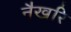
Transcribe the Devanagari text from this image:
नैखरि